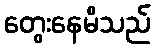
တွေးနေမိသည်